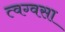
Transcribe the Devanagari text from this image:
त्वग्वसा